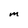
Character: M